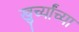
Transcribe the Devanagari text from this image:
खुर्च्यांच्या